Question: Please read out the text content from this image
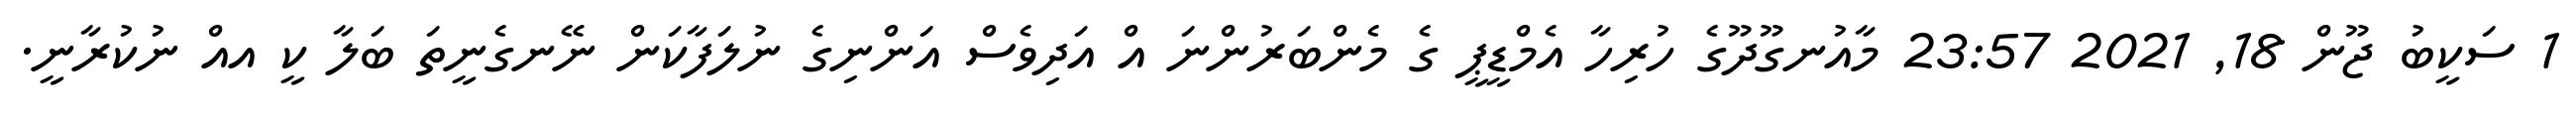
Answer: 1 ސަކީބު ޖޫން 18, 2021 23:57 މާއުނގޫދޫގެ ހުރިހާ އެމްޑީޕީ ގެ މެންބަރުންނަ އް އަދިވެސް އަންނިގެ ނުލަފާކަން ނޭނގެނީތަ ބަލާ ކީ އއް ނުކުރާނީ.